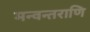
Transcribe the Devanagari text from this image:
मन्वन्तराणि